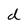
Character: d